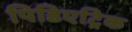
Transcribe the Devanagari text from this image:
पिडिएट्रिक